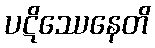
ပဋိဿေနေတိ